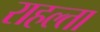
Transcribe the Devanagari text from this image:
राहल्ता